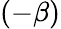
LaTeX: (-\beta)